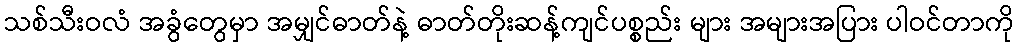
သစ်သီးဝလံ အခွံတွေမှာ အမျှင်ဓာတ်နဲ့ ဓာတ်တိုးဆန့်ကျင်ပစ္စည်း များ အများအပြား ပါဝင်တာကို